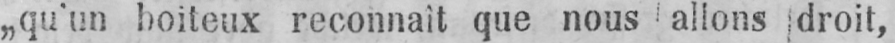
„qu’un boiteux reconnaît que nous allons droit,